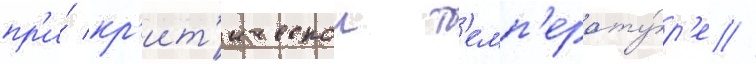
пр'и́ кр'ит'ическои т'емп'ерату́р'е //